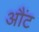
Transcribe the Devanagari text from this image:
औंट